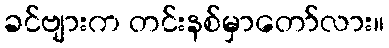
ခင်ဗျားက တင်းနစ်မှာတော်လား။